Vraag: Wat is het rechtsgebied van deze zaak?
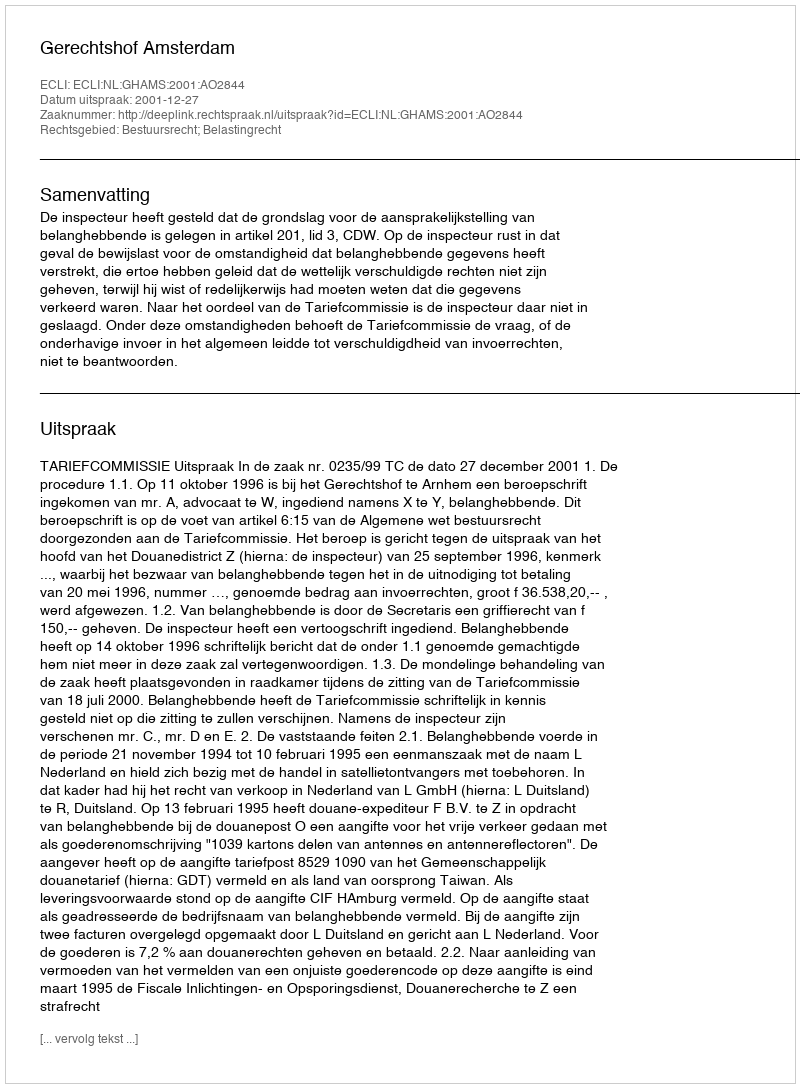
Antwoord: Bestuursrecht; Belastingrecht